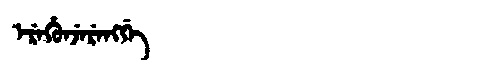
Manchu: ᡝᡵᡝᡥᡠᠨᠵᡝᡵᡝᠩᡤᡝ
Romanization: EREHUNJERENGGE